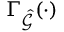
\Gamma _ { \hat { \mathcal { G } } } ( \cdot )